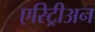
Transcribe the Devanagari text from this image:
एरिट्रीअन